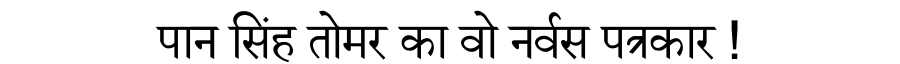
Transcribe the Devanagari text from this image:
पान सिंह तोमर का वो नर्वस पत्रकार !